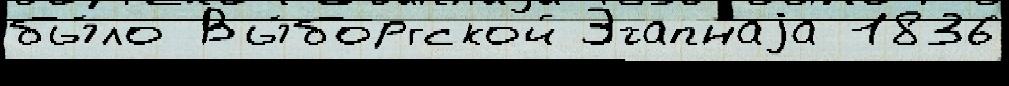
бы́ло Вы́боргской Этапнаjа 1836